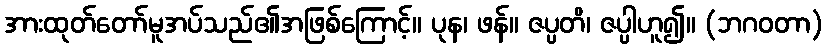
အားထုတ်တော်မူအပ်သည်၏အဖြစ်ကြောင့်။ ပုန၊ ဖန်။ ဇပ္ပတိ၊ ဇပ္ပါဟူ၍။ (ဘဂဝတာ)